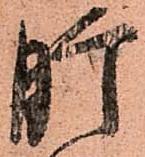
肝